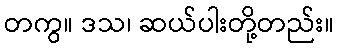
တကွ။ ဒသ၊ ဆယ်ပါးတို့တည်း။